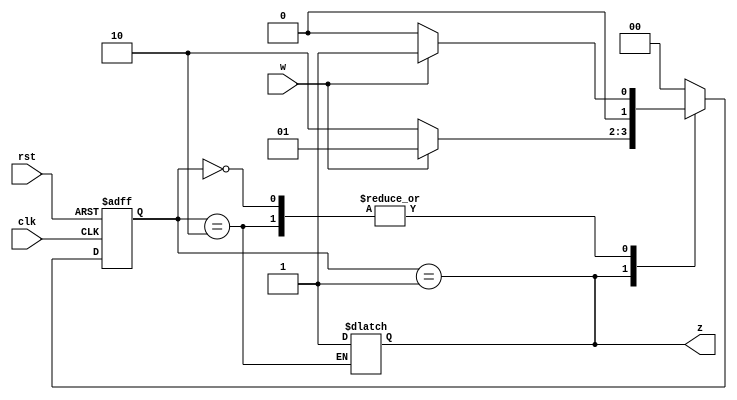
`timescale 1ns / 1ps

module redge(clk, rst, w, z);
    input clk, rst, w;
    output reg z = 0;
    reg[1:0] state, nextstate;
    parameter [1:0] A=2'b00, B = 2'b01, C= 2'b10;
    always @ (w or state) begin
        case (state)
            A: if(w) nextstate = B;
            else nextstate = A;
            B: if(w) nextstate = B;
            else nextstate = C;
            C: begin
            z = 1;
            if(w) nextstate = B;
            else nextstate = A;
            end
            default: nextstate = A;
        endcase
    end
    always @ (clk) begin
        z = (state == B);
    end
    always @ (posedge clk, posedge rst) begin
        if (rst)
            state <= A;
        else
            state <= nextstate;
    end
endmodule



module debouncer(in, clk, out);
input in, clk;
output out; 
reg Q1, Q2, Q3;
always @ (posedge clk) begin
Q1 <= in;
Q2 <= Q1;
Q3 <= Q2;
end
assign out = Q1 & Q2 & Q3;
endmodule



module metastat(input sig, clk, output sig1);
reg Q1, Q2, Q3;
always @ (posedge clk) begin
Q1 <= sig;
Q2 <= Q1;
Q3 <= Q2;
end
assign sig1 = Q3;
endmodule

module bcd( input in, output reg [6:0] seg);
    always@ (in) begin
        case (in)
        0 : seg = 7'b1110001;
        1 : seg = 7'b1000001;
        default : seg = 7'b1111111;        
        endcase
    end
endmodule

module lock(input A, B, C, D, rst, clk, output [6:0] BCD);
wire ad, bd, cd, dd, ae, be, ce, de, am, bm, cm, dm;

metastat m1 (A, clk, am);
metastat m2 (B, clk, bm);
metastat m3 (C, clk, cm);
metastat m4 (D, clk, dm);

debouncer d1 (am, clk, ad); 
debouncer d2 (bm, clk, bd); 
debouncer d3 (cm, clk, cd); 
debouncer d4 (dm, clk, dd); 

redge r1(clk, rst, ad, ae);
redge r2(clk, rst, bd, be);
redge r3(clk, rst, cd, ce);
redge r4(clk, rst, dd, de);

reg [2:0] state, nextstate;
parameter [2:0] S0 = 3'b000, S1=3'b001, S2 = 3'b010, S3= 3'b011, S4= 3'b100;
reg [1:0] seq;

always @ (ae or be or ce or de) begin
    if (ae) seq = 2'b00;
    else if (be) seq = 2'b01;
    else if (ce) seq = 2'b10;
    else if (de) seq = 2'b11;
end

always @ (seq or state) begin
    case (state)
        S0: if(seq == 0) nextstate = S1;
        else nextstate = S0;
        S1: begin 
        if(seq == 0) nextstate = S1;
        else if ( seq == 1) nextstate = S2;
        else nextstate = S0;
        end
        S2:  begin 
           if(seq == 0) nextstate = S1;
           else if ( seq == 2) nextstate = S2;
           else nextstate = S0;
       end
        S3:  begin 
           if(seq == 0) nextstate = S1;
           else if ( seq == 1) nextstate = S2;
           else nextstate = S0;
       end
        S4:  begin 
          if(seq == 0) nextstate = S1;
          else if ( seq == 1) nextstate = S2;
          else nextstate = S0;
      end
        default: nextstate = A;
    endcase
end

always @ (posedge clk, posedge rst) begin
    if (rst)
        state <= A;
    else
        state <= nextstate;
end

endmodule